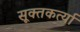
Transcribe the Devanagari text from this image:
सूक्तकर्त्या